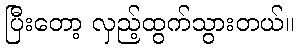
ပြီးတော့ လှည့်ထွက်သွားတယ်။